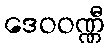
ဒေဝဝဏ္ဏီ